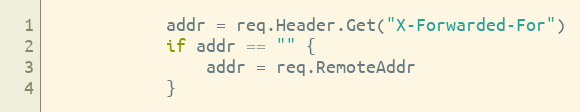
Language: Go
			addr = req.Header.Get("X-Forwarded-For")
			if addr == "" {
				addr = req.RemoteAddr
			}